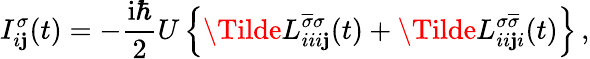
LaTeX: I_{i\mathbf{j}}^{\sigma}(t)=-\frac{{\mathrm{{i}}\hbar}}{{2}}U\left\{ \Tilde{L}_{iii\mathbf{j}}^{\overline{{{\sigma}}}\sigma}(t)+\Tilde{L}_{ii\mathbf{j}i}^{\sigma\overline{{{\sigma}}}}(t)\right\} \, ,